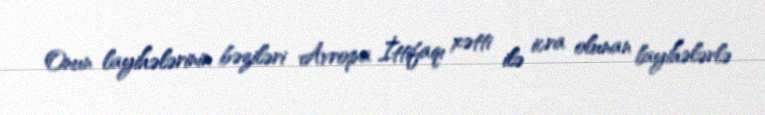
Onun layihələrinin bəziləri Avropa İttifaqı xətti ilə icra olunan layihələrlə